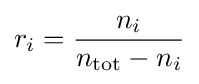
r_{i}={\frac {n_{i}}{n_{\mathrm {tot} }-n_{i}}}